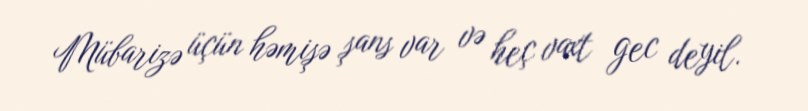
Mübarizə üçün həmişə şans var və heç vaxt gec deyil.